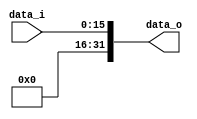
// Class: 109  
module Zero_Filled( data_i, data_o );

//I/O ports
input	[16-1:0] data_i;
output	[32-1:0] data_o;

//Internal Signals
wire	[32-1:0] data_o;

//Zero_Filled
assign data_o[32-1:0]={16'b0,data_i[16-1:0]};

endmodule